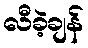
လီခဲ့ချန်